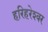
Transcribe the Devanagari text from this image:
हरिहरेश्‍वर